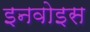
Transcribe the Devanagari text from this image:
इनवोइस